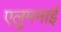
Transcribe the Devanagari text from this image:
एलुमनाई